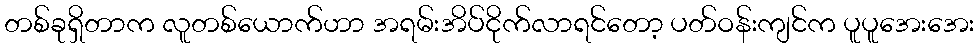
တစ်ခုရှိတာက လူတစ်ယောက်ဟာ အရမ်းအိပ်ငိုက်လာရင်တော့ ပတ်ဝန်းကျင်က ပူပူအေးအေး